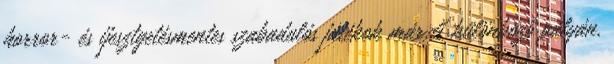
horror- és ijesztgetésmentes szabadulós játékok már 4 különböző pályán,